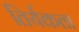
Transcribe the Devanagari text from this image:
तिर्यकता